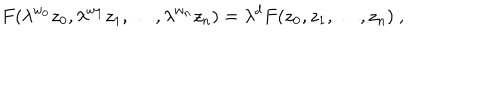
LaTeX: F ( \lambda ^ { w _ { 0 } } z _ { 0 } , \lambda ^ { w _ { 1 } } z _ { 1 } , \ldots , \lambda ^ { w _ { n } } z _ { n } ) = \lambda ^ { d } F ( z _ { 0 } , z _ { 1 } , \ldots , z _ { n } ) \ ,